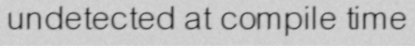
undetected at compile time